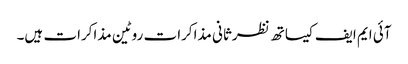
آئی ایم ایف کیساتھ نظرثانی مذاکرات روٹین مذاکرات ہیں۔